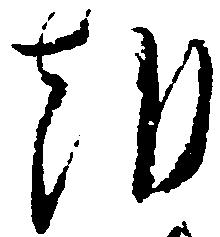
朝